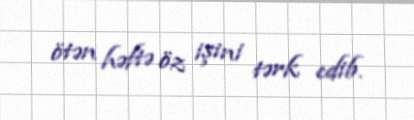
ötən həftə öz işini tərk edib.